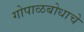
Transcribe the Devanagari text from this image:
गोपाळबोधाचे